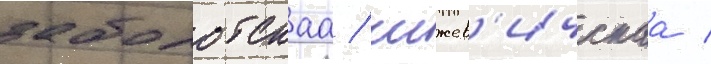
заболотскаа / чижев'ичскаа /